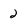
Character: 2